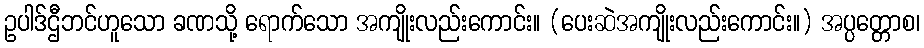
ဥပါဒ်ဌီဘင်ဟူသော ခဏသို့ ရောက်သော အကျိုးလည်းကောင်း။ (ပေးဆဲအကျိုးလည်းကောင်း။) အပ္ပတ္တောစ၊